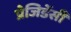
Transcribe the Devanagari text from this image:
प्रेजिडेंसी